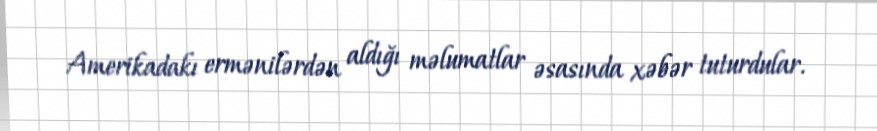
Amerikadakı ermənilərdən aldığı məlumatlar əsasında xəbər tuturdular.